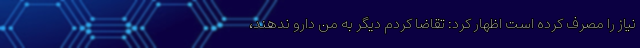
نیاز را مصرف کرده است اظهار کرد: تقاضا کردم دیگر به من دارو ندهند،